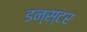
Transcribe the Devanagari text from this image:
डन्स्टर